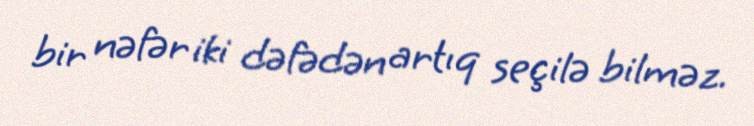
bir nəfər iki dəfədən artıq seçilə bilməz.